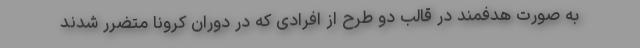
به صورت هدفمند در قالب دو طرح از افرادی که در دوران کرونا متضرر شدند